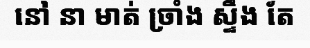
នៅ នា មាត់ ច្រាំង ស្ទឹង តែ